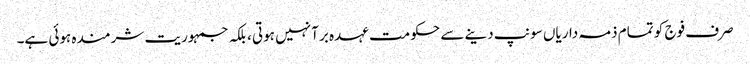
صرف فوج کو تمام ذمہ داریاں سونپ دینے سے حکومت عہدہ برآ نہیں ہوتی، بلکہ جمہوریت شرمندہ ہوئی ہے۔